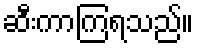
ဆီးကာကြရသည်။